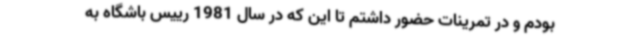
بودم و در تمرینات حضور داشتم تا این که در سال 1981 رییس باشگاه به